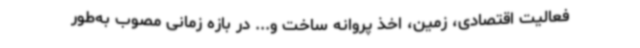
فعالیت اقتصادی، زمین، اخذ پروانه ساخت و... در بازه زمانی مصوب به‌طور